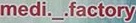
medi._.factory